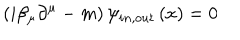
\left( i \beta _ { \mu } \partial ^ { \mu } - m \right) \psi _ { i n , o u t } \left( x \right) = 0